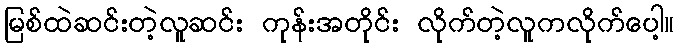
မြစ်ထဲဆင်းတဲ့လူဆင်း ကုန်းအတိုင်း လိုက်တဲ့လူကလိုက်ပေါ့။